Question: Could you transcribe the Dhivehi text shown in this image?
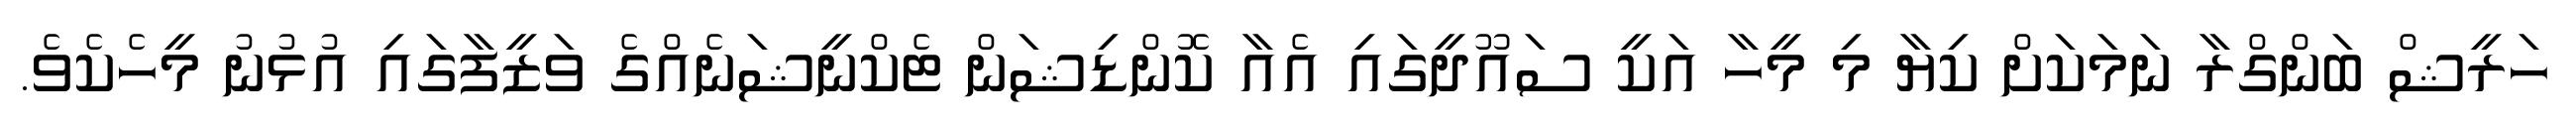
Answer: ހަރީޝް ބަންގްރާ ނަމަކަށް ކިޔާ މި މީހާ އަކީ ސައޫދީގައި އެއާ ކޮންޑިޝަން ޓެކްނީޝަނެއްގެ ވަޒީފާގައި އުޅުނު މީހެކެވެ.